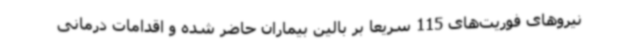
نیروهای فوریت‌های 115 سریعا بر بالین بیماران حاضر شده و اقدامات درمانی